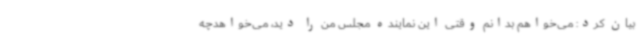
بیان کرد: می‌خواهم بدانم وقتی این نماینده مجلس من را دید، می‌خواهدچه